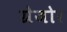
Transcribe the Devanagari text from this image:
ग्रेजोर